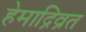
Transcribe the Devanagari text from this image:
हेमाद्रिव्रत